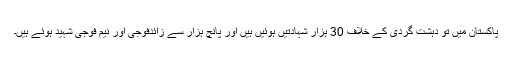
پاکستان میں تو دہشت گردی کے خلاف 30 ہزار شہادتیں ہوئیں ہیں اور پانچ ہزار سے زائدفوجی اور نیم فوجی شہید ہوئے ہیں۔